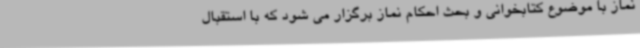
نماز با موضوع کتابخوانی و بحث احکام نماز برگزار می شود که با استقبال